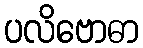
ပလိဗောဓာ